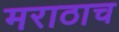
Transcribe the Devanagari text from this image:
मराठाच